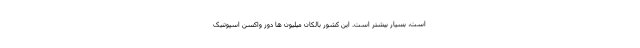
است، بسیار بیشتر است. این کشور بالکان میلیون ها دوز واکسن اسپوتنیک